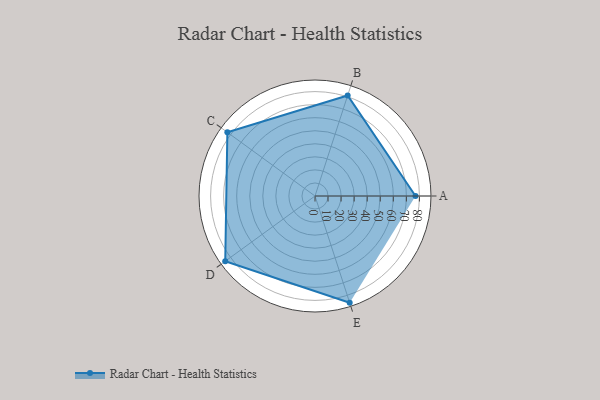
{"axis": {"x": "Skill", "y": "Score"}, "legend": ["Profile"], "data": [{"x": "A", "y": 77.0, "type": "Profile"}, {"x": "B", "y": 81.0, "type": "Profile"}, {"x": "C", "y": 83.0, "type": "Profile"}, {"x": "D", "y": 85.0, "type": "Profile"}, {"x": "E", "y": 86.0, "type": "Profile"}]}